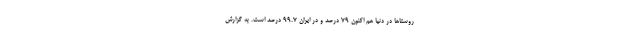
روستا‌ها در دنیا هم اکنون ۷۹ درصد و در ایران ۹۹.۷ درصد است. به گزارش